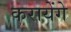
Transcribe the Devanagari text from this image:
करायेंगे